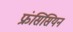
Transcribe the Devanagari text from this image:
फ्रंसिसियन